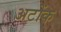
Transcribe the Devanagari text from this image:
अटोंक